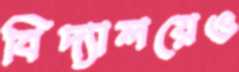
বিদ্যালয়েও